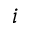
i